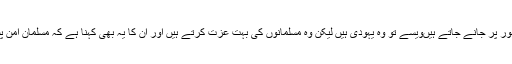
حلیم الطبع شخصیت کے طور پر جانے جاتے ہیںویسے تو وہ یہودی ہیں لیکن وہ مسلمانوں کی بہت عزت کرتے ہیں اور ان کا یہ بھی کہنا ہے کہ مسلمان امن پسند اورایک مہذب قوم ہے۔